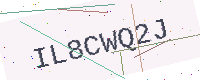
Text: IL8CWQ2J